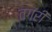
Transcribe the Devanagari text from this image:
तगरी